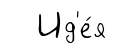
Ид'е́я